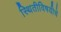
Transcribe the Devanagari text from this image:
स्थितीविषयीचे